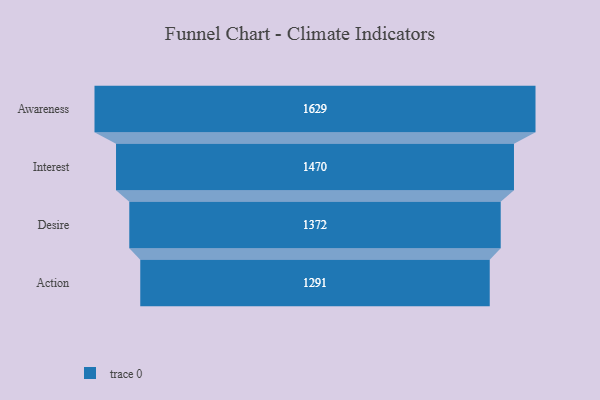
{"axis": {"x": "Stage", "y": "Value"}, "legend": [""], "data": [{"x": "Awareness", "y": 1629.0, "type": ""}, {"x": "Interest", "y": 1470.0, "type": ""}, {"x": "Desire", "y": 1372.0, "type": ""}, {"x": "Action", "y": 1291.0, "type": ""}]}